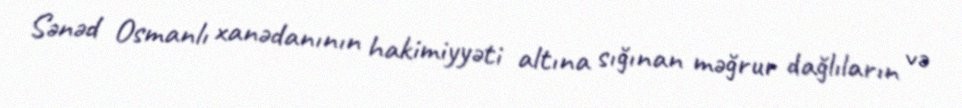
Sənəd Osmanlı xanədanının hakimiyyəti altına sığınan məğrur dağlıların və